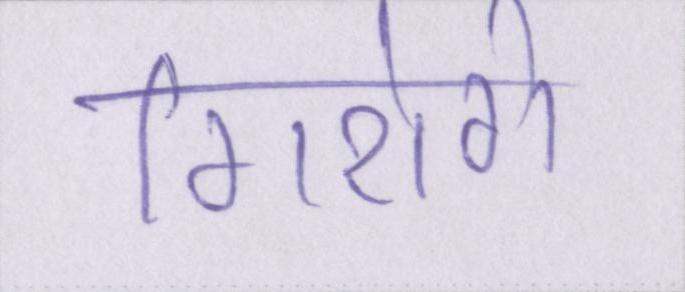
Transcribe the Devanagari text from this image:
गिरोगे